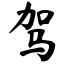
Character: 驾